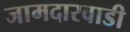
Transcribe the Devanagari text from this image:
जामदारवाडी